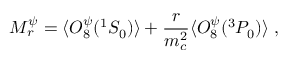
M _ { r } ^ { \psi } = \langle { \cal O } _ { 8 } ^ { \psi } ( ^ { 1 } S _ { 0 } ) \rangle + \frac { r } { m _ { c } ^ { 2 } } \langle { \cal O } _ { 8 } ^ { \psi } ( ^ { 3 } P _ { 0 } ) \rangle ~ ,